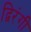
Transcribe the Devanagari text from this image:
द्विरंगी